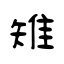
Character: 雉